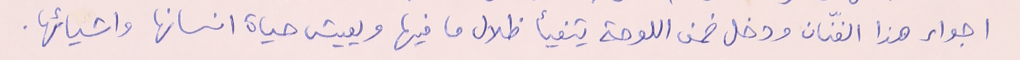
اجواء هذا الفنّان ودخل ضمن اللوحة يتفيأ ظلال ما فيها ويعيش حياة انسانها واشيائها.